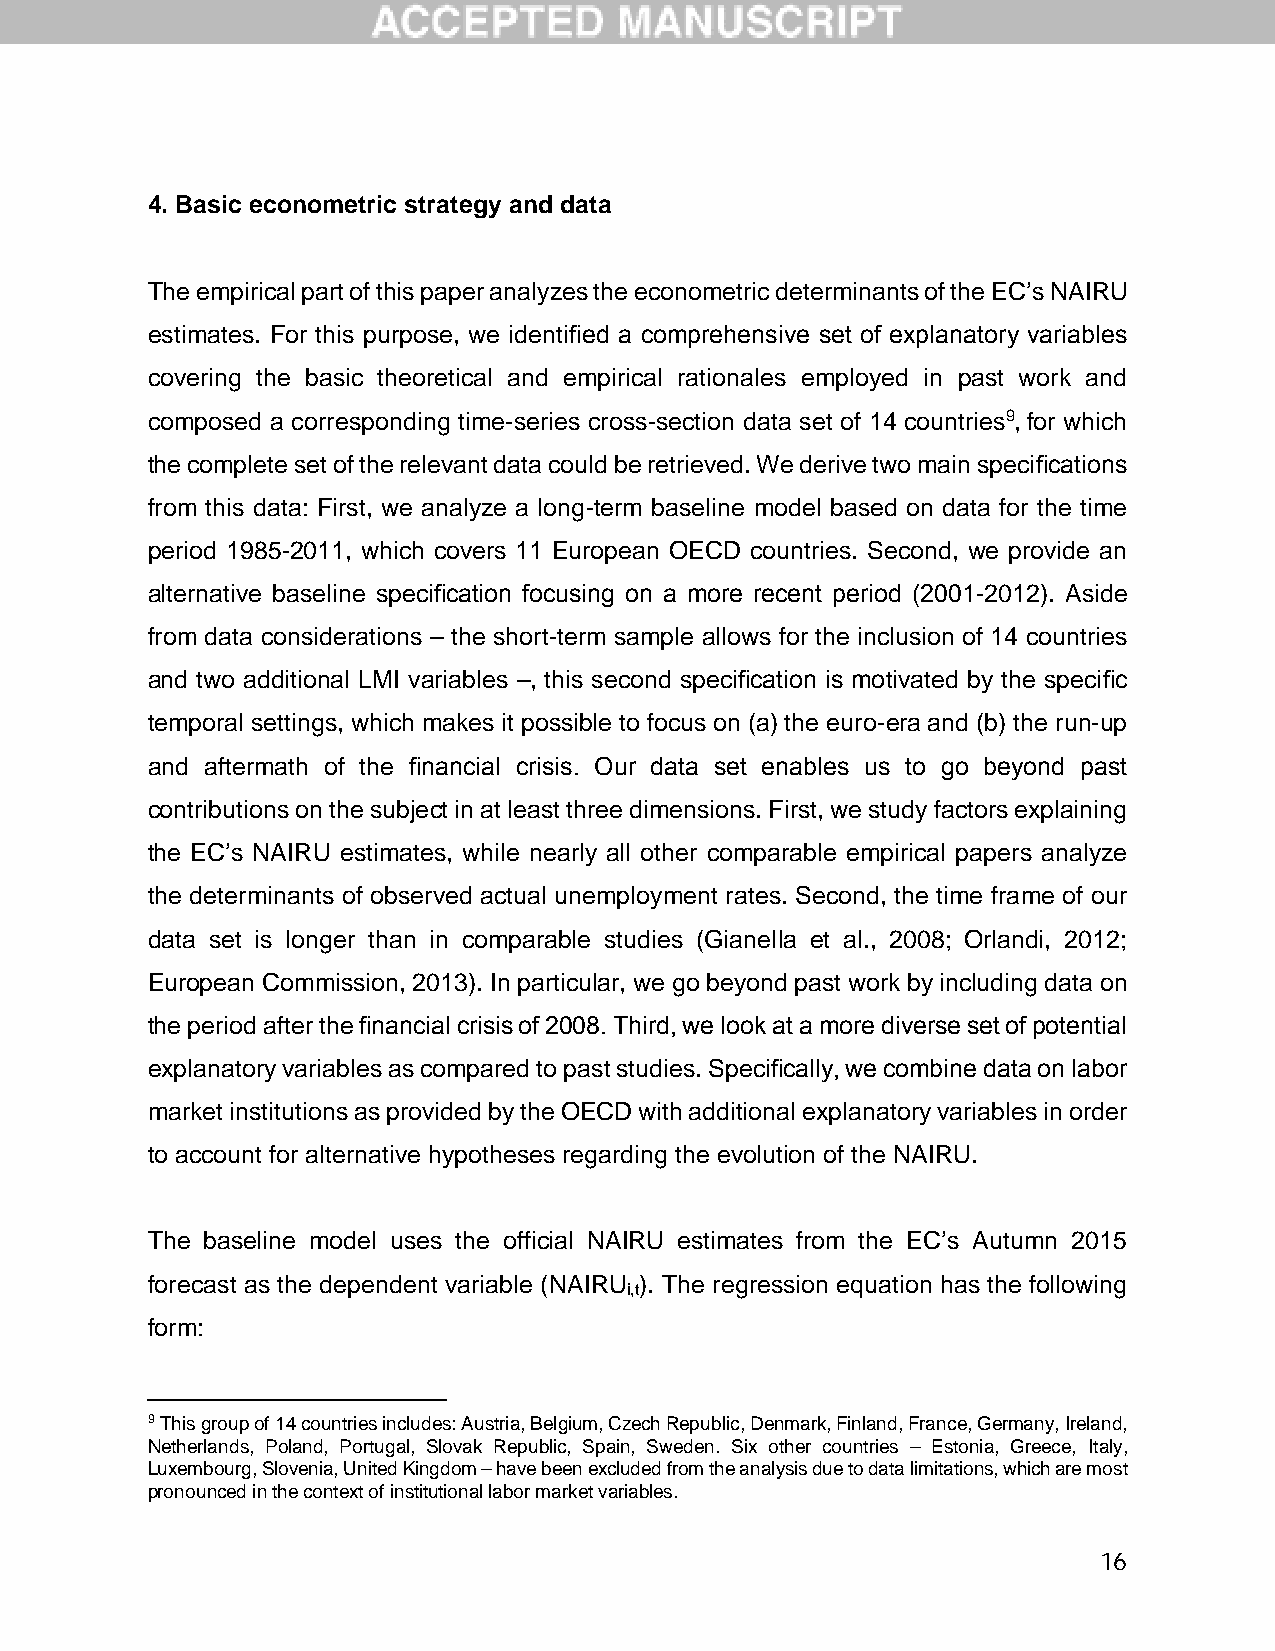
4. Basic econometric strategy and data
 The empirical part of this paper analyzes the econometric determinants of the EC’s NAIRU
 estimates. For this purpose, we identified a comprehensive set of explanatory variables
 covering the basic theoretical and empirical rationales employed in past work and
 composed a corresponding time-series cross-section data set of 14 countries9,for which
 the complete set of the relevant data could be retrieved. We derive two main specifications
 from this data: First, we analyze a long-term baseline model based on data for the time
 period 1985-2011, which covers 11 European OECD countries. Second, we provide an
 alternative baseline specification focusing on a more recent period (2001-2012). Aside
 from data considerations – the short-term sample allows for the inclusion of 14 countries
 and two additional LMI variables –, this second specification is motivated by the specific
 temporal settings, which makes it possible to focus on (a) the euro-era and (b) the run-up
 and aftermath of the financial crisis. Our data set enables us to go beyond past
 contributions on the subject in at least three dimensions. First, we study factors explaining
 the EC’s NAIRU estimates, while nearly all other comparable empirical papers analyze
 the determinants of observed actual unemployment rates. Second, the time frame of our
 data set is longer than in comparable studies (Gianella et al., 2008; Orlandi, 2012;
 European Commission, 2013). In particular, we go beyond past work by including data on
 the period after the financial crisis of 2008. Third, we look at a more diverse set of potential
 explanatory variables as compared to past studies. Specifically, we combine data on labor
 market institutions as provided by the OECD with additional explanatory variables in order
 to account for alternative hypotheses regarding the evolution of the NAIRU.
 The baseline model uses the official NAIRU estimates from the EC’s Autumn 2015
 forecast as the dependent variable (NAIRU ). The regression equation has the following
 i,t
 form:
 9 This group of 14 countries includes: Austria, Belgium, Czech Republic, Denmark, Finland, France, Germany, Ireland,
 Netherlands, Poland, Portugal, Slovak Republic, Spain, Sweden. Six other countries – Estonia, Greece, Italy,
 Luxembourg, Slovenia, United Kingdom – have been excluded from the analysis due to data limitations, which are most
 pronounced in the context of institutional labor market variables.
 16